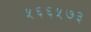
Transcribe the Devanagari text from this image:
५६६५७३